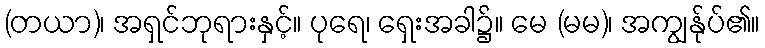
(တယာ)၊ အရှင်ဘုရားနှင့်။ ပုရေ၊ ရှေးအခါ၌။ မေ (မမ)၊ အကျွန်ုပ်၏။